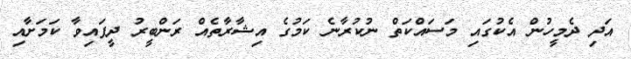
އަދި ދެމީހުން އެކުގައި މަސައްކަތް ނުކުރާނެ ކަމުގެ އިޝާރާތެއް ރަންބީރު ދީފައިވާ ކަމަށާއި